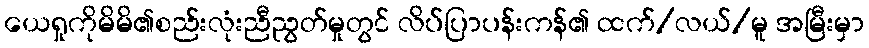
ယေရှုကိုမိမိ၏စည်းလုံးညီညွတ်မှုတွင် လိပ်ပြာပန်းကန်၏ ထက်/လယ်/မူ အမြီးမှာ